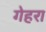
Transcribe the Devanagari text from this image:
गेहरा